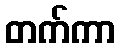
တက်ကာ